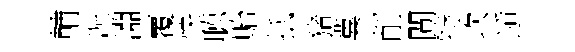
輔况淵覆快聴貽抵猪冀削閴特坎遁